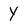
Character: Y